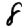
Digit: 8